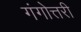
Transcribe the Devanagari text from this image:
गंगोत्तरी